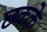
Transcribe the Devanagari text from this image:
छक्‍के